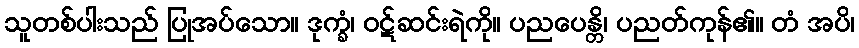
သူတစ်ပါးသည် ပြုအပ်သော။ ဒုက္ခံ၊ ဝဋ်ဆင်းရဲကို။ ပညပေန္တိ၊ ပညတ်ကုန်၏။ တံ အပိ၊